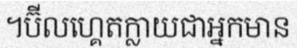
។ប៊ីលហ្គេតក្លាយជាអ្នកមាន